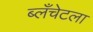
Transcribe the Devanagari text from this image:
ब्लँचेटला